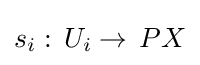
s_{i}:\,U_{i}\to \,PX